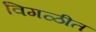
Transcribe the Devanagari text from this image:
विगळीत